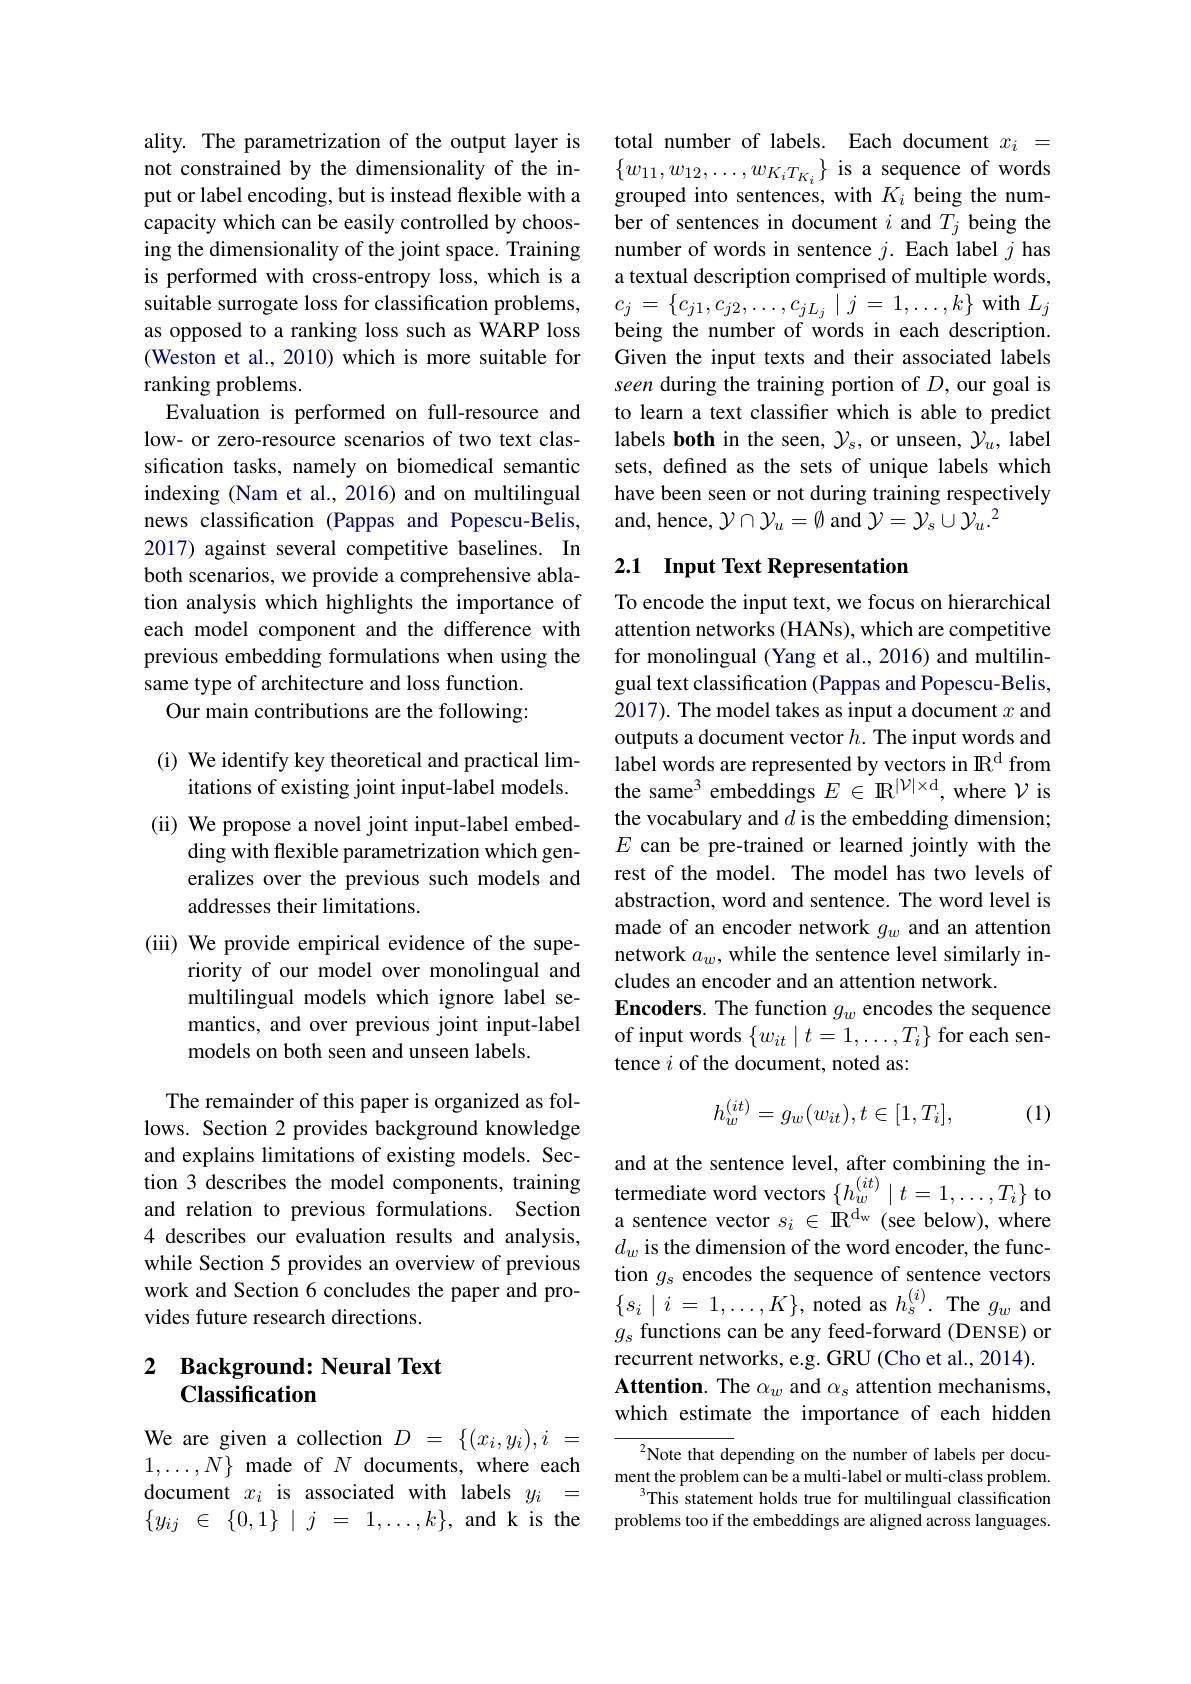
ality. The parametrization of the output layer is not constrained by the dimensionality of the input or label encoding, but is instead flexible with a capacity which can be easily controlled by choosing the dimensionality of the joint space. Training is performed with cross-entropy loss, which is a suitable surrogate loss for classification problems, as opposed to a ranking loss such as WARP loss (Weston et al., 2010) which is more suitable for ranking problems.
Evaluation is performed on full-resource and low- or zero-resource scenarios of two text classification tasks, namely on biomedical semantic indexing (Nam et al., 2016) and on multilingual news classification (Pappas and Popescu-Belis, 2017) against several competitive baselines. In both scenarios, we provide a comprehensive ablation analysis which highlights the importance of each model component and the difference with previous embedding formulations when using the same type of architecture and loss function.
Our main contributions are the following:

(i) We identify key theoretical and practical lim-
itations of existing joint input-label models. (ii) We propose a novel joint input-label embed-
ding with flexible parametrization which generalizes over the previous such models and addresses their limitations.
(iii) We provide empirical evidence of the supe-
riority of our model over monolingual and multilingual models which ignore label semantics, and over previous joint input-label models on both seen and unseen labels.

The remainder of this paper is organized as follows. Section 2 provides background knowledge and explains limitations of existing models. Section 3 describes the model components, training and relation to previous formulations. Section 4 describes our evaluation results and analysis, while Section 5 provides an overview of previous work and Section 6 concludes the paper and provides future research directions.

### 2 Background: Neural Text Classification

We are given a collection $D~=~\{(x_i,y_i),i~=$ $1,\ldots,N\}$ made of $N$ documents, where each document $x_i$ is associated with labels $y_i=$ $\{ y_{ij}$ $\in$ $\{ 0, 1\}$ | $j$ = $1, \ldots , k\} $,and kis the

total number of labels. Each document $x_i=$ $\{w_{11},w_{12},\ldots,w_{K_iT_{K_i}}\}$ is a sequence of words grouped into sentences, with $K_i$ being the number of sentences in document $i$ and $T_j$ being the number of words in sentence $j.$ Each label $j$ has a textual description comprised of multiple words, $c_{j}=\{c_{j1},c_{j2},\ldots,c_{jL_{j}}\mid j=1,\ldots,k\}$ with $L_j$ being the number of words in each description. Given the input texts and their associated labels seen during the training portion of $D$, our goal is to learn a text classifier which is able to predict labels both in the seen, $\mathcal{Y}_s$, or unseen, $\mathcal{Y}_u$, label sets, defined as the sets of unique labels which have been seen or not during training respectively and, hence, $\mathcal{Y}\cap\mathcal{Y}_u=\emptyset$ and $\mathcal{Y}=\mathcal{Y}_s\cup\mathcal{Y}_u.^2$

# 2.1 Input Text Representation

To encode the input text, we focus on hierarchical attention networks (HANs), which are competitive for monolingual (Yang et al., 2016) and multilingual text classification (Pappas and Popescu-Belis, 2017). The model takes as input a document $x$ and outputs a document vector $h.$ The input words and label words are represented by vectors in $\mathbb{R}^\mathrm{d}$ from the same$^3$ embeddings $E\in\mathbb{R}^|\mathcal{V}|\times$d, where $\mathcal{V}$ is the vocabulary and $d$ is the embedding dimension; $E$ can be pre-trained or learned jointly with the rest of the model. The model has two levels of abstraction, word and sentence. The word level is made of an encoder network $g_w$ and an attention network $a_w$, while the sentence level similarly includes an encoder and an attention network.
Encoders. The function $g_w$ encodes the sequence of input words $\{w_{it}\mid t=1,\ldots,T_i\}$ for each sentence $i$ of the document, noted as:
$$h_w^{(it)}=g_w(w_{it}),t\in[1,T_i],$$
(1)

and at the sentence level, after combining the intermediate word vectors $\{h_w^{(it)}\mid t=1,\ldots,T_i\}$ to a sentence vector $s_i\in\mathbb{R}^\mathrm{d_w}$ (see below), where $d_w$ is the dimension of the word encoder, the function $g_s$ encodes the sequence of sentence vectors $\{ s_{i}\mid i$ = $1, \ldots , K\} $, noted as $h_s^{(i)}.$ The $g_w$ and $g_s$ functions can be any feed-forward (DENSE) or recurrent networks, e.g. GRU (Cho et al., 2014). Attention. The $\alpha_w$ and $\alpha_s$ attention mechanisms, which estimate the importance of each hidden

${^{2}\text{Note that depending on the number of labels per docu-}}$ ment the problem can be a multi-label or multi-class problem.
$^{3}$This statement holds true for multilingual classification problems too if the embeddings are aligned across languages.